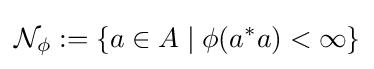
{\mathcal {N}}_{\phi }:=\{a\in A\mid \phi (a^{*}a)<\infty \}